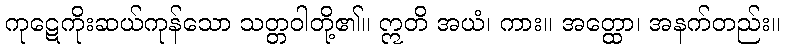
ကုဋေကိုးဆယ်ကုန်သော သတ္တဝါတို့၏။ ဣတိ အယံ၊ ကား။ အတ္ထော၊ အနက်တည်း။